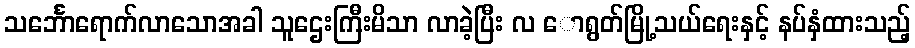
သင်္ဘောရောက်လာသောအခါ သူဌေးကြီးမိသာ လာခဲ့ပြီး လ ောရွတ်မြို့သယ်ရေးနှင့် နပ်နှံထားသည့်